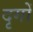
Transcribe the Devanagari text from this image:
दृगों